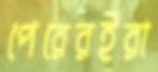
পেরেরইরা